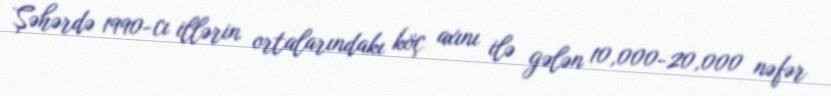
Şəhərdə 1990-cı illərin ortalarındakı köç axını ilə gələn 10,000-20,000 nəfər